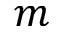
m